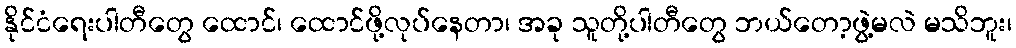
နိုင်ငံရေးပါတီတွေ ထောင်၊ ထောင်ဖို့လုပ်နေတာ၊ အခု သူတို့ပါတီတွေ ဘယ်တော့ဖွဲ့မလဲ မသိဘူး၊